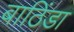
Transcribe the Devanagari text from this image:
बाठिंडा